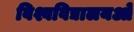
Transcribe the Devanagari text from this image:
विश्वविद्यालयओं